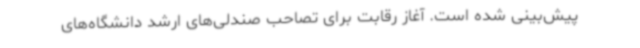
پیش‌بینی شده است. آغاز رقابت برای تصاحب صندلی‌های ارشد دانشگاه‌های